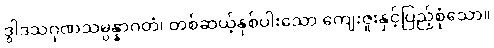
ဒွါဒသဂုဏသမ္ပန္နာဂတံ၊ တစ်ဆယ့်နှစ်ပါးသော ကျေးဇူးနှင့်ပြည့်စုံသော။